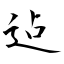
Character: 迠